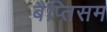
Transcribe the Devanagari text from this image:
बैप्तिसम